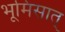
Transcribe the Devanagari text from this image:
भूमिसात्